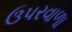
ઉપરવાળા